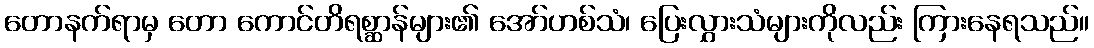
တောနက်ရာမှ တော ကောင်တိရစ္ဆာန်များ၏ အော်ဟစ်သံ၊ ပြေးလွှားသံများကိုလည်း ကြားနေရသည်။